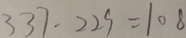
3 3 7 - 2 2 9 = 1 0 8